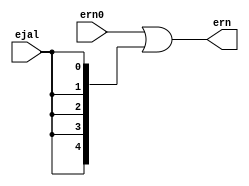
module trans_ern(ern0,ejal,ern);
	input [4:0] ern0;
	input ejal;
	output [4:0] ern;
	
	assign ern = ern0 | {5{ejal}};
endmodule